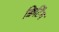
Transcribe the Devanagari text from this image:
क्विटिंग